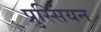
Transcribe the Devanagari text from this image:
प्रुस्सियन